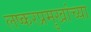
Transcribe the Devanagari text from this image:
लष्करप्रमुखांच्या